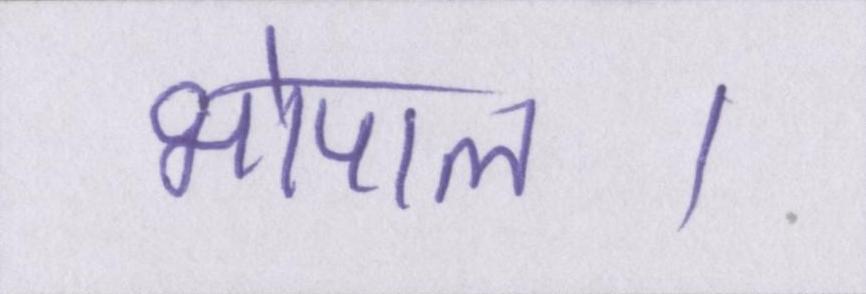
भोपाल।